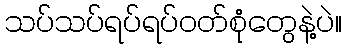
သပ်သပ်ရပ်ရပ်ဝတ်စုံတွေနဲ့ပဲ။